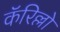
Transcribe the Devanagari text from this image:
कॅरिल्लो